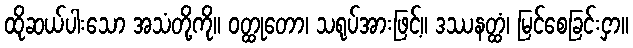
ထိုဆယ်ပါးသော အသံတို့ကို။ ဝတ္ထုတော၊ သရုပ်အားဖြင့်။ ဒဿနတ္ထံ၊ မြင်စေခြင်းငှာ။